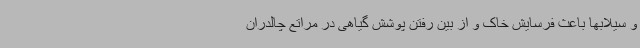
و سیلابها باعث فرسایش خاک و از بین رفتن پوشش گیاهی در مراتع چالدران